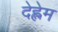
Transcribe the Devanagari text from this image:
देह्लेम